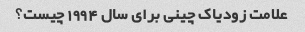
علامت زودیاک چینی برای سال 1994 چیست؟